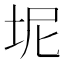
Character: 坭